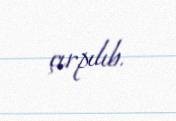
çırpılıb.